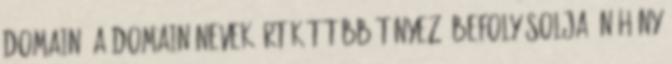
domain? A domain nevek értékét több tényező befolyásolja, néhány